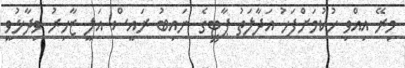
މިރޭ އިއްވި ހުކުމަށްފަހު އަދާލަތު ޕާޓީގެ ނައިބު ރައީސް އަލީ ޒާހިރު ވިދާޅުވީ